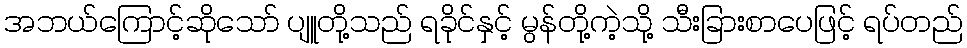
အဘယ်ကြောင့်ဆိုသော် ပျူတို့သည် ရခိုင်နှင့် မွန်တို့ကဲ့သို့ သီးခြားစာပေဖြင့် ရပ်တည်